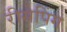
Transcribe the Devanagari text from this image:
रीसेपिंग